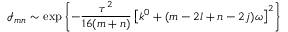
\mathcal { I } _ { m n } \sim \exp { \left\{ - \frac { \tau ^ { 2 } } { 1 6 ( m + n ) } \left[ k ^ { 0 } + ( m - 2 l + n - 2 j ) \omega \right] ^ { 2 } \right\} }